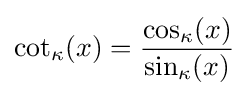
\cot _{\kappa }(x)={\frac {\cos _{\kappa }(x)}{\sin _{\kappa }(x)}}